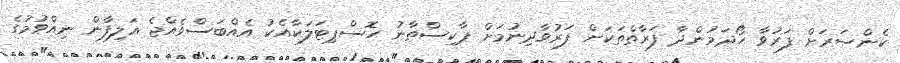
ކެންސަރަށް ފަރުވާ ހޯދަމުންދާ ފަރާތްތަކަށް ފަރުވާދިނުމަށް ޕާކިސްތާނު ހޮސްޕިޓަލަކާއެކު އެއްބަސްވެއްޖެ އަލިފާން ނިއްވުމުގެ